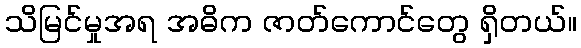
သိမြင်မှုအရ အဓိက ဇာတ်ကောင်တွေ ရှိတယ်။